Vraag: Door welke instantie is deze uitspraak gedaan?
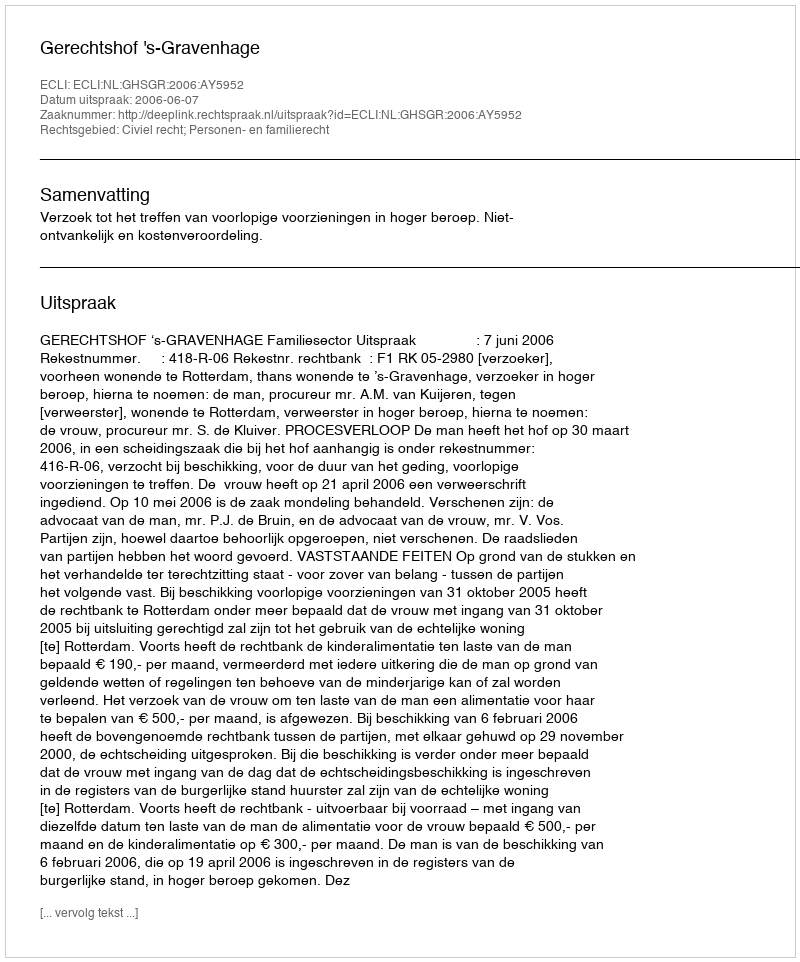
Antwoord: Gerechtshof 's-Gravenhage